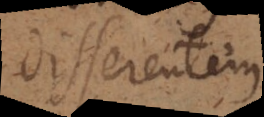
disserentem